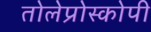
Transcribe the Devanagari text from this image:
तोलेप्रोस्कोपी